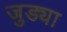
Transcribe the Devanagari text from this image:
जुड्या